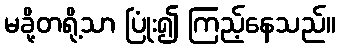
မခို့တရို့သာ ပြုံး၍ ကြည့်နေသည်။